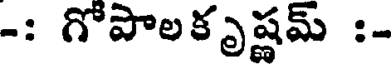
-: గోపాలకృష్ణమ్ :-